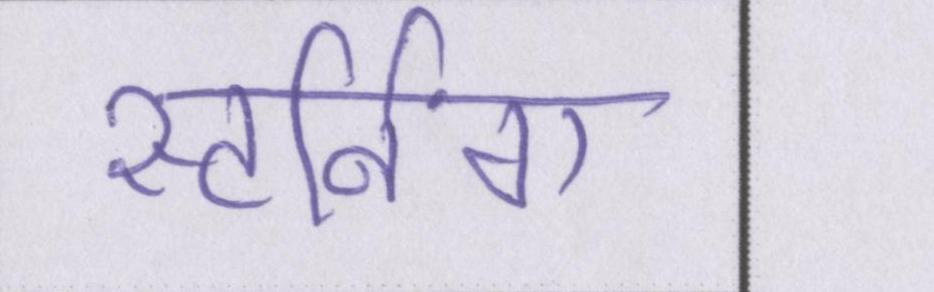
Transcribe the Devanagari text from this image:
स्टर्निंग